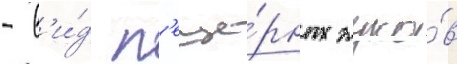
- в'и́д п'еще́рных жуко́в